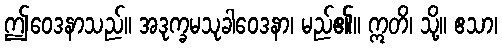
ဤဝေဒနာသည်။ အဒုက္ခမသုခါဝေဒနာ၊ မည်၏။ ဣတိ၊ သို့။ ဧသာ၊